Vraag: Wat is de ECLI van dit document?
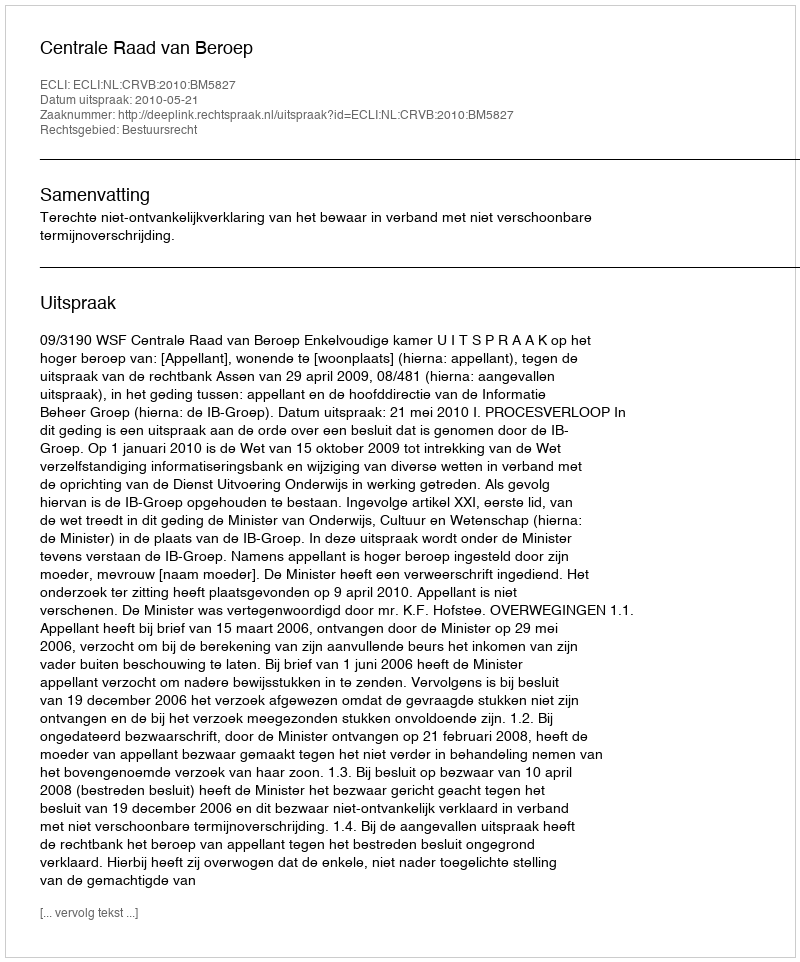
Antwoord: ECLI:NL:CRVB:2010:BM5827